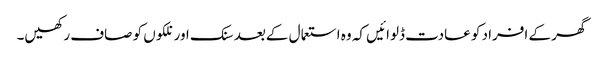
گھر کے افراد کو عادت ڈلوائیں کہ وہ استعما ل کےبعد سنک اور نلکوں کو صاف رکھیں۔